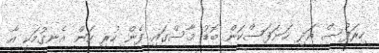
ހިރަފުސް އަދި ހަނަފަސްކަން ބޮޑު މާސްގައި ފެން ހުރި ކަން އެނގުމަކީ އާ